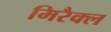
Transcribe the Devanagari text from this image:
मिरैक्ल